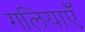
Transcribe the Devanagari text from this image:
गलियाएँ